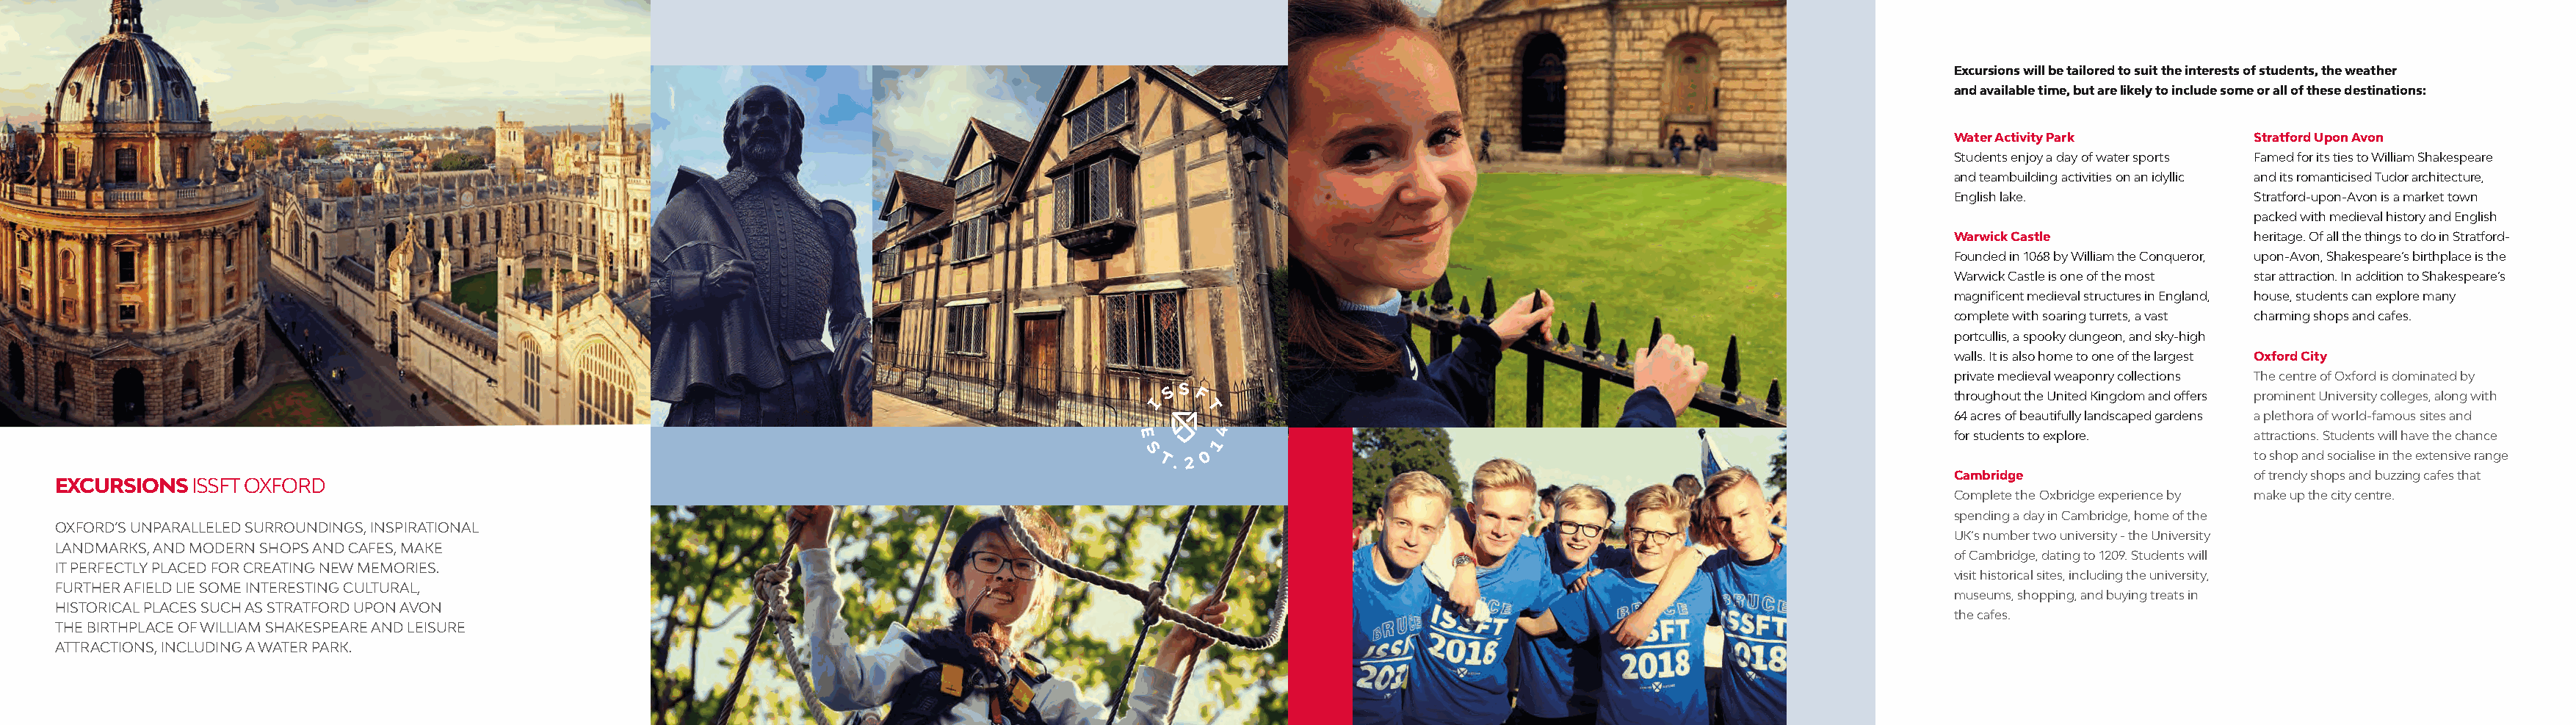
Excursions will be tailored to suit the interests of students, the weather
 and available time, but are likely to include some or all of these destinations:
 Water Activity Park        Stratford Upon Avon
 Students enjoy a day of water sports Famed for its ties to William Shakespeare
 and teambuilding activities on an idyllic and its romanticised Tudor architecture,
 English lake.              Stratford-upon-Avon is a market town
 packed with medieval history and English
 Warwick Castle             heritage. Of all the things to do in Stratford-
 Founded in 1068 by William the Conqueror, upon-Avon, Shakespeare’s birthplace is the
 Warwick Castle is one of the most star attraction. In addition to Shakespeare’s
 magnificent medieval structures in England, house, students can explore many
 complete with soaring turrets, a vast charming shops and cafes.
 portcullis, a spooky dungeon, and sky-high
 walls. It is also home to one of the largest Oxford City
 private medieval weaponry collections The centre of Oxford is dominated by
 throughout the United Kingdom and offers prominent University colleges, along with
 64 acres of beautifully landscaped gardens a plethora of world-famous sites and
 for students to explore.   attractions. Students will have the chance
 to shop and socialise in the extensive range
 Cambridge                  of trendy shops and buzzing cafes that
 EXCURSIONS  ISSFT OXFORD
 Complete the Oxbridge experience by make up the city centre.
 spending a day in Cambridge, home of the
 OXFORD’S UNPARALLELED SURROUNDINGS, INSPIRATIONAL
 UK’s number two university - the University
 LANDMARKS, AND MODERN SHOPS AND CAFES, MAKE
 of Cambridge, dating to 1209. Students will
 IT PERFECTLY PLACED FOR CREATING NEW MEMORIES.
 visit historical sites, including the university,
 FURTHER AFIELD LIE SOME INTERESTING CULTURAL,
 museums, shopping, and buying treats in
 HISTORICAL PLACES SUCH AS STRATFORD UPON AVON
 the cafes.
 THE BIRTHPLACE OF WILLIAM SHAKESPEARE AND LEISURE
 ATTRACTIONS, INCLUDING A WATER PARK.